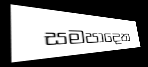
සමපාදෙත